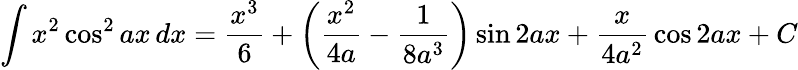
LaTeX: \int x^{2}\cos^{2}{ax}\, dx={\frac{x^{3}}{6}}+\left({\frac{x^{2}}{4a}}-{\frac{1}{8a^{3}}}\right)\sin 2ax+{\frac{x}{4a^{2}}}\cos 2ax+C